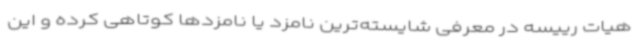
هیات رییسه در معرفی شایسته‌ترین نامزد یا نامزدها کوتاهی کرده و این